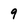
Character: q